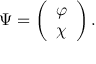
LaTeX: \Psi = \left( \begin{array} { l } { { \varphi } } \\ { { \chi } } \end{array} \right) .